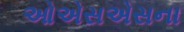
ઓએસએસના